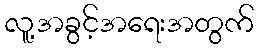
လူ့အခွင့်အရေးအတွက်